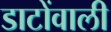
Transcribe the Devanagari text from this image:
डाटोंवाली